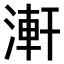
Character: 𣺕